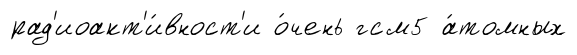
рад'иоакт'и́вност'и о́чень гсм5 а́томных